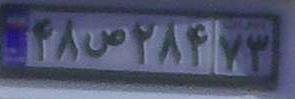
۴۸ص۲۸۴۷۳